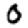
Digit: 0